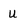
Character: U